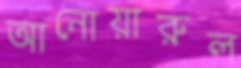
আনোয়ারুল